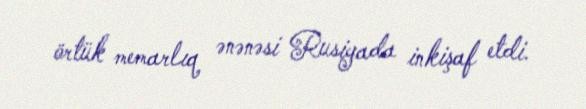
örtük memarlıq ənənəsi Rusiyada inkişaf etdi.